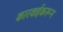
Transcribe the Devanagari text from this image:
कारवाईकरून